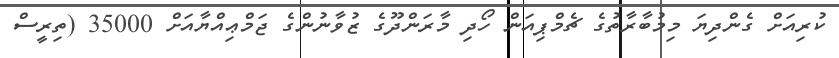
ކުރިއަށް ގެންދިޔަ މިމުބާރާތުގެ ޗެމްޕިއަން ހޯދި މާރަންދޫގެ ޒުވާނުންގެ ޖަމްޢިއްޔާއަށް 35000 (ތިރީސް